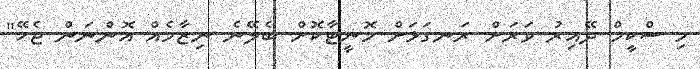
މި ސްކީމް ދޭއިރު ވަރަށް ރަނގަޅަށް މޮނީޓާކޮށް ބެލޭނެ ނިޒާމެއް އޮންނަން ޖެހޭ"